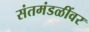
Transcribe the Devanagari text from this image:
संतमंडळींवर